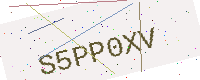
Text: S5PP0XV